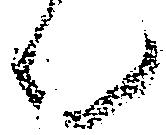
ん